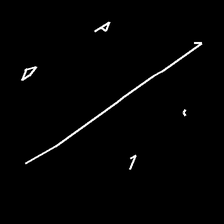
Glyph: cool